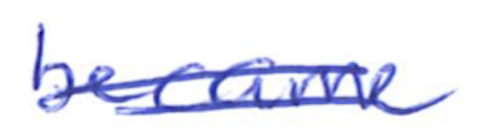
Text: became
Cross-out: double-line
Writing tool: ballpoint